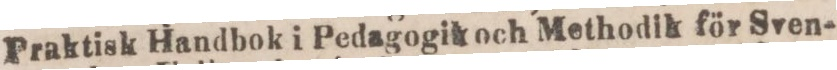
Praktisk Handbok i Pedagogik och Methodik för Sven-